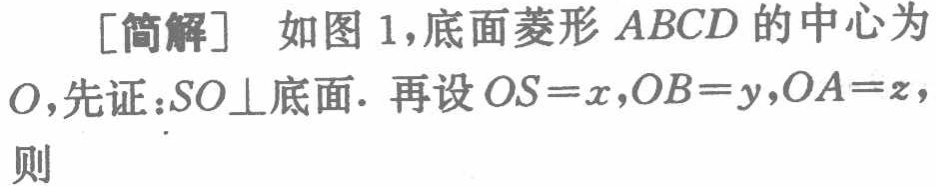
[简解] 如图 1,底面菱形 \(ABCD\) 的中心为

\(O\),先证:\(SO\perp\)底面. 再设 \(OS = x\),\(OB = y\),\(OA = z\),

则